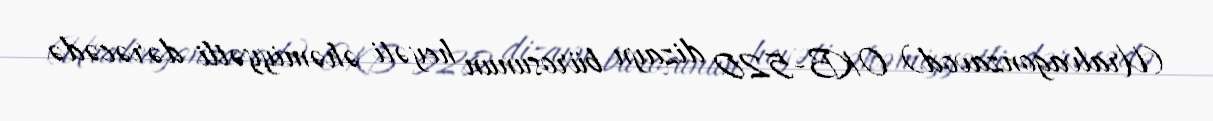
(Uralvagonzavod) OKB-520 dizayn bürosunun heyəti əhəmiyyətli dərəcədə